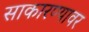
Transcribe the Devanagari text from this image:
साकारण्यावर